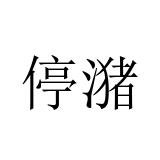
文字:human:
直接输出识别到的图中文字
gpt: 停潴